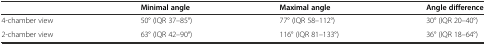
|  | Minimal angle | Maximal angle | Angle difference |
 | --- | --- | --- | --- |
 | 4-chamber view | 50° (IQR 37–85°) | 77° (IQR 58–112°) | 30° (IQR 20–40°) |
 | 2-chamber view | 63° (IQR 42–90°) | 116° (IQR 81–133°) | 36° (IQR 18–64°) |